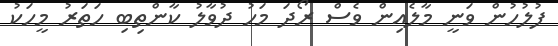
ފުލުހުން ވަނީ މާލެއިން ވެސް ރޯދަ މަހު ދުވާލު ކާންތިބި ހަތަރު މީހަކު